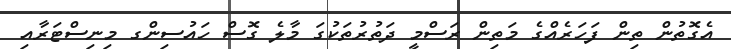
އެގޮތުން ތިން ފަހަރެއްގެ މަތިން ރަސްމީ ދަތުރުތަކުގަ މާލެ ގޮސް ހައުސިންގ މިނިސްޓަރާއި